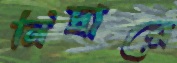
নিদ্রারে